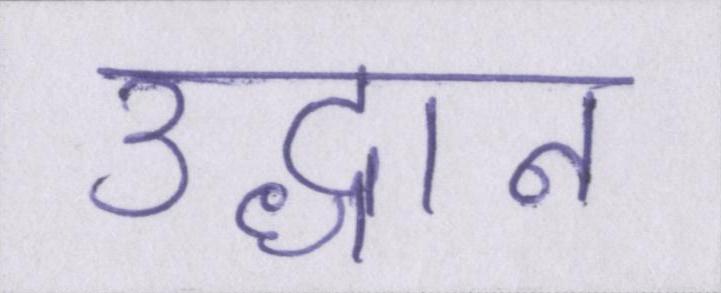
उद्धान